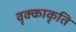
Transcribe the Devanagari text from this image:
वृक्काकृति